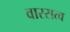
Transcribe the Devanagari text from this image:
वारसत्व